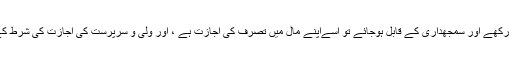
ہاں اگر وہ صحیح اور غلط میں فرق کرنے کی صلاحیت رکھے اور سمجھداری کے قابل ہوجائے تو اُسےاپنے مال میں تصرّف کی اجازت ہے ، اور ولی و سرپرست کی اجازت کی شرط کے ساتھ جو نقصان کے خدشات تھے وہ بھی دور ہوگئے۔